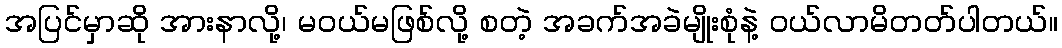
အပြင်မှာဆို အားနာလို့၊ မဝယ်မဖြစ်လို့ စတဲ့ အခက်အခဲမျိုးစုံနဲ့ ဝယ်လာမိတတ်ပါတယ်။